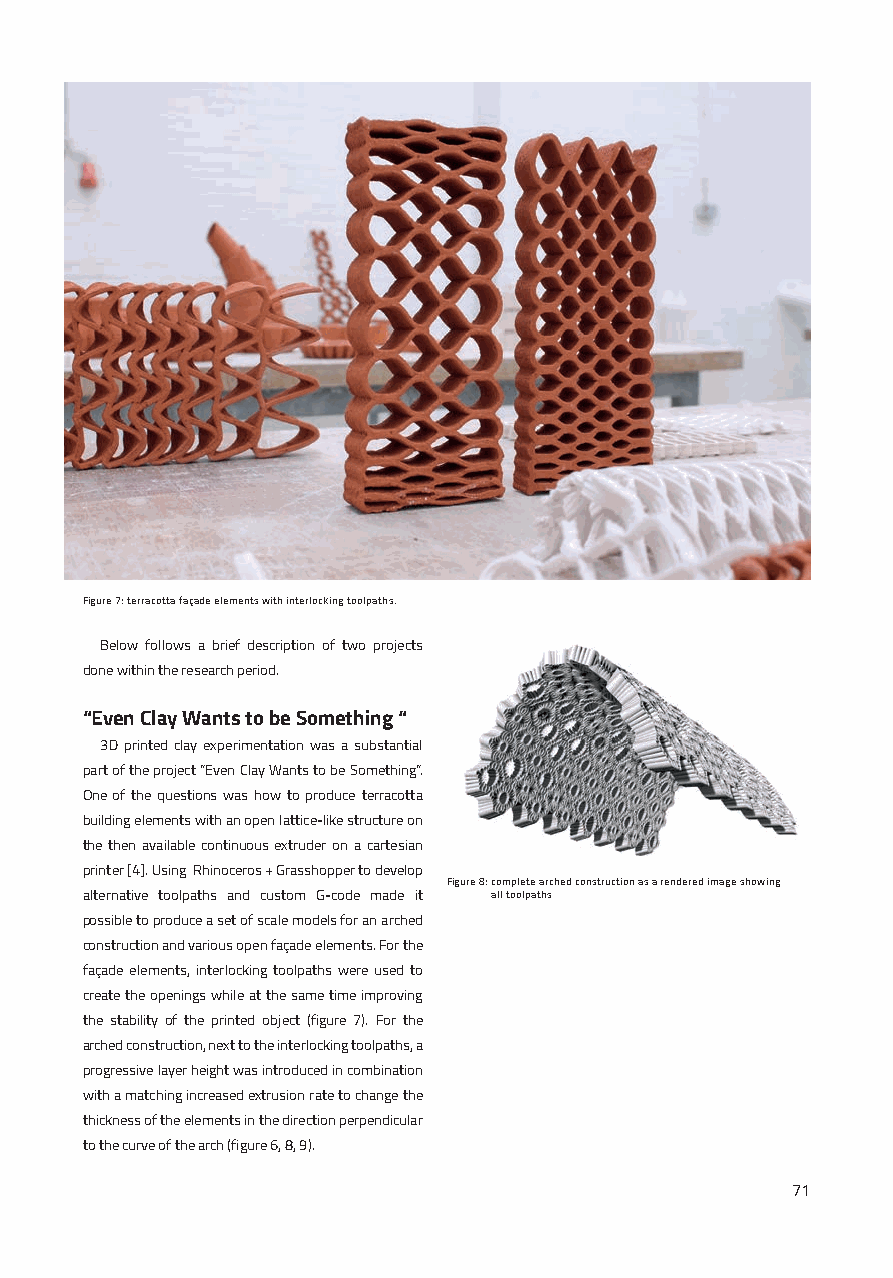
Figure 7: terracotta façade elements with interlocking toolpaths.
 Below follows a brief description of two projects
 done within the research period.
 “Even Clay Wants to be Something “
 3D printed clay experimentation was a substantial
 part of the project “Even Clay Wants to be Something”.
 One of the questions was how to produce terracotta
 building elements with an open lattice-like structure on
 the then available continuous extruder on a cartesian
 printer [4]. Using Rhinoceros + Grasshopper to develop
 Figure 8: complete arched construction as a rendered image showing
 alternative toolpaths and custom G-code made it all toolpaths
 possible to produce a set of scale models for an arched
 construction and various open façade elements. For the
 façade elements, interlocking toolpaths were used to
 create the openings while at the same time improving
 the stability of the printed object (figure 7). For the
 arched construction, next to the interlocking toolpaths, a
 progressive layer height was introduced in combination
 with a matching increased extrusion rate to change the
 thickness of the elements in the direction perpendicular
 to the curve of the arch (figure 6, 8, 9).
 71